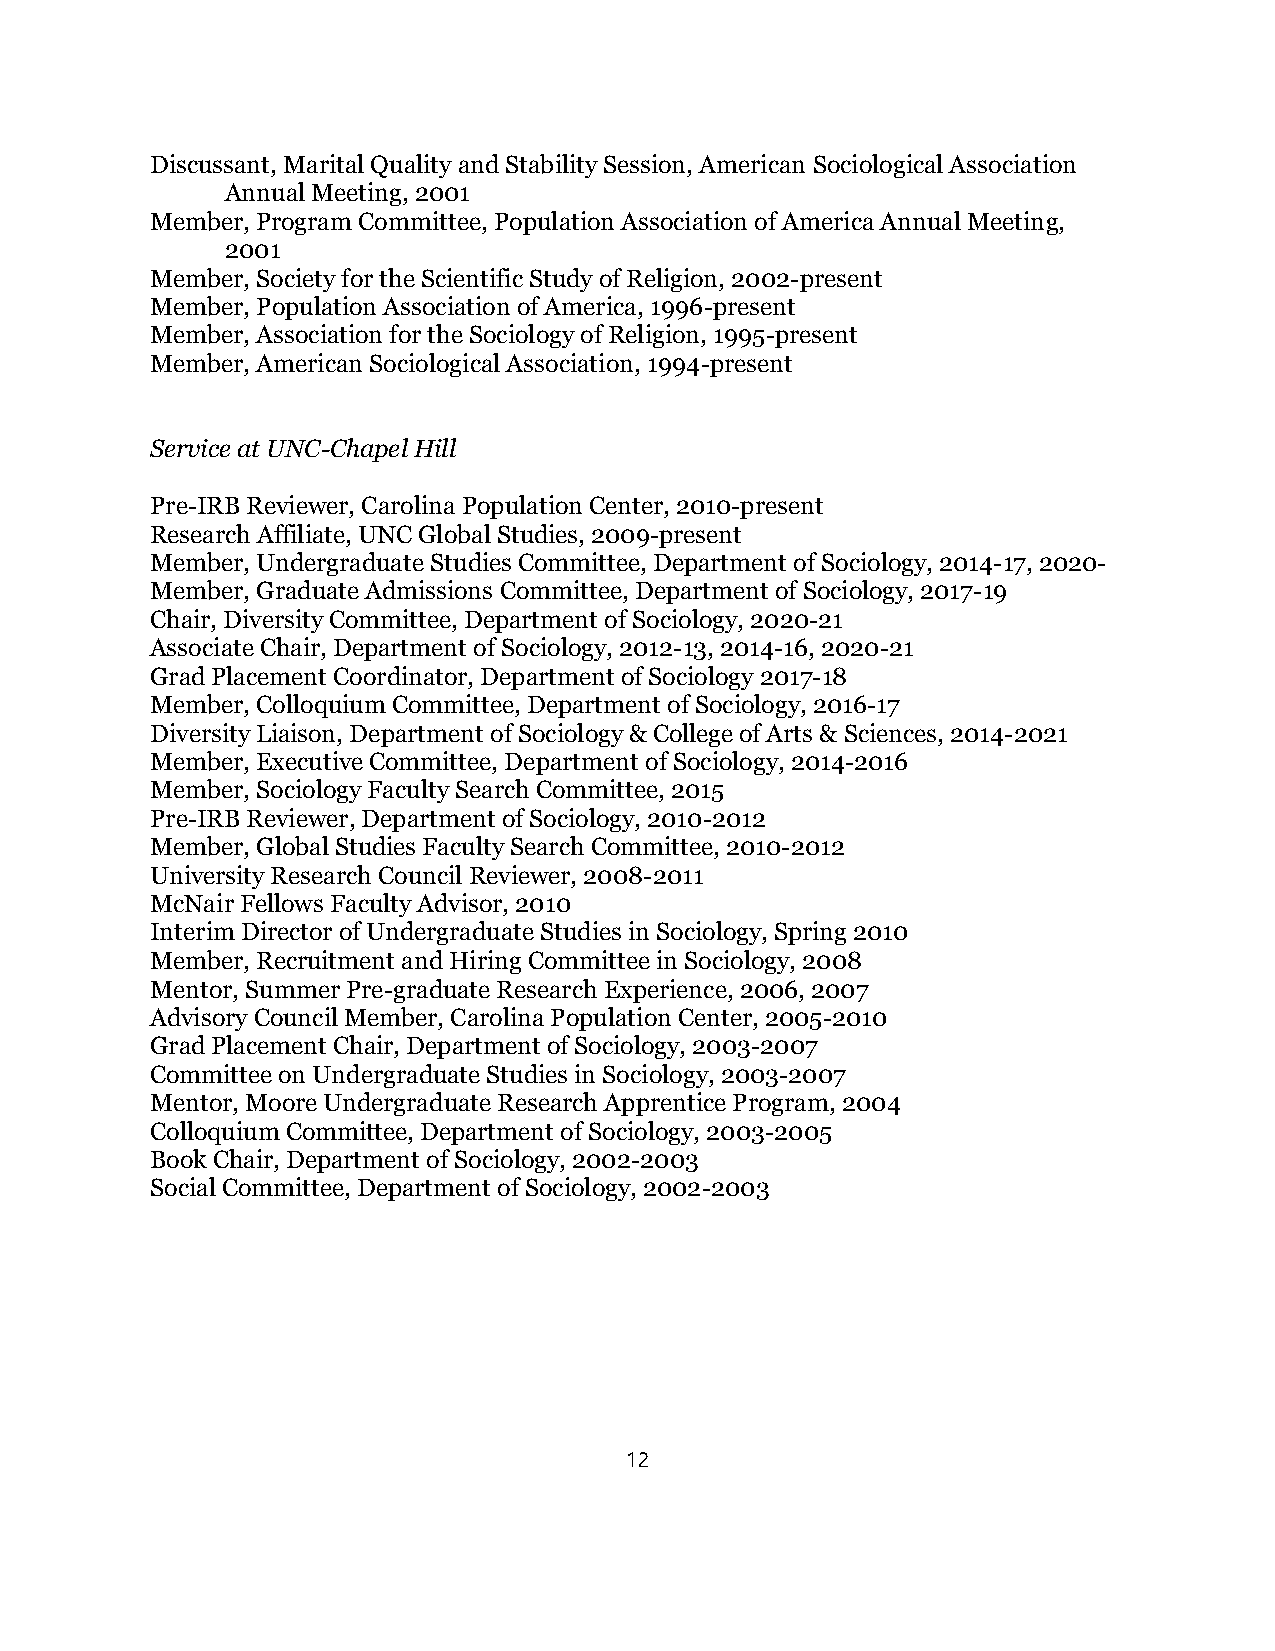
Discussant, Marital Quality and Stability Session, American Sociological Association
 Annual Meeting, 2001
 Member, Program Committee, Population Association of America Annual Meeting,
 2001
 Member, Society for the Scientific Study of Religion, 2002-present
 Member, Population Association of America, 1996-present
 Member, Association for the Sociology of Religion, 1995-present
 Member, American Sociological Association, 1994-present
 Service at UNC-Chapel Hill
 Pre-IRB Reviewer, Carolina Population Center, 2010-present
 Research Affiliate, UNC Global Studies, 2009-present
 Member, Undergraduate Studies Committee, Department of Sociology, 2014-17, 2020-
 Member, Graduate Admissions Committee, Department of Sociology, 2017-19
 Chair, Diversity Committee, Department of Sociology, 2020-21
 Associate Chair, Department of Sociology, 2012-13, 2014-16, 2020-21
 Grad Placement Coordinator, Department of Sociology 2017-18
 Member, Colloquium Committee, Department of Sociology, 2016-17
 Diversity Liaison, Department of Sociology & College of Arts & Sciences, 2014-2021
 Member, Executive Committee, Department of Sociology, 2014-2016
 Member, Sociology Faculty Search Committee, 2015
 Pre-IRB Reviewer, Department of Sociology, 2010-2012
 Member, Global Studies Faculty Search Committee, 2010-2012
 University Research Council Reviewer, 2008-2011
 McNair Fellows Faculty Advisor, 2010
 Interim Director of Undergraduate Studies in Sociology, Spring 2010
 Member, Recruitment and Hiring Committee in Sociology, 2008
 Mentor, Summer Pre-graduate Research Experience, 2006, 2007
 Advisory Council Member, Carolina Population Center, 2005-2010
 Grad Placement Chair, Department of Sociology, 2003-2007
 Committee on Undergraduate Studies in Sociology, 2003-2007
 Mentor, Moore Undergraduate Research Apprentice Program, 2004
 Colloquium Committee, Department of Sociology, 2003-2005
 Book Chair, Department of Sociology, 2002-2003
 Social Committee, Department of Sociology, 2002-2003
 12